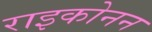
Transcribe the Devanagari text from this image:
राइकोनन